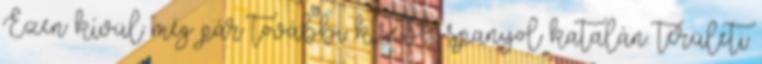
Ezen kívül még pár további kisebb spanyol katalán. területi